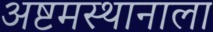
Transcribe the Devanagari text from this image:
अष्टमस्थानाला